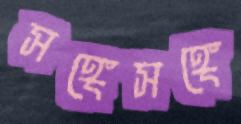
সঙ্গেসঙ্গে